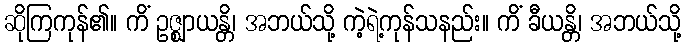
ဆိုကြကုန်၏။ ကိံ ဥဇ္ဈာယန္တိ၊ အဘယ်သို့ ကဲ့ရဲ့ကုန်သနည်း။ ကိံ ခီယန္တိ၊ အဘယ်သို့